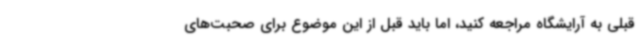
قبلی به آرایشگاه مراجعه کنید، اما باید قبل از این موضوع برای صحبت‌های